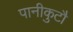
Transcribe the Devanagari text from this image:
पानीकुटौ